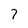
Character: 7